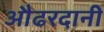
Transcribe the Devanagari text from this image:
औढरदानी